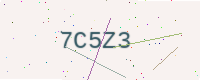
Text: 7C5Z3